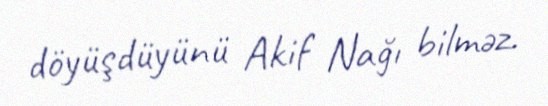
döyüşdüyünü Akif Nağı bilməz.